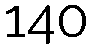
140